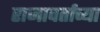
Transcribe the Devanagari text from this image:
राजावर्ताच्या